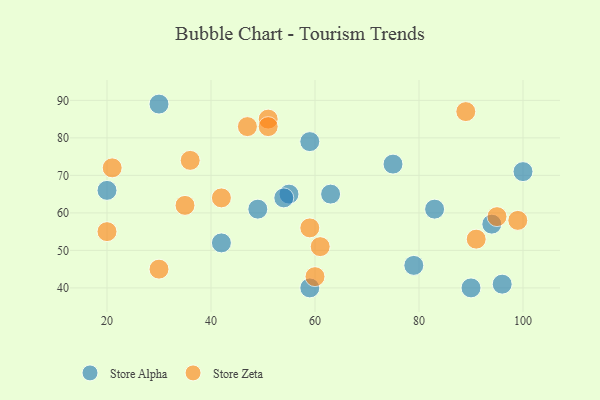
{"axis": {"x": "GDP", "y": "Life Expectancy"}, "legend": ["Store Alpha", "Store Zeta"], "data": [{"x": "94", "y": 57, "type": "Store Alpha"}, {"x": "49", "y": 61, "type": "Store Alpha"}, {"x": "90", "y": 40, "type": "Store Alpha"}, {"x": "55", "y": 65, "type": "Store Alpha"}, {"x": "42", "y": 52, "type": "Store Alpha"}, {"x": "100", "y": 71, "type": "Store Alpha"}, {"x": "63", "y": 65, "type": "Store Alpha"}, {"x": "79", "y": 46, "type": "Store Alpha"}, {"x": "75", "y": 73, "type": "Store Alpha"}, {"x": "54", "y": 64, "type": "Store Alpha"}, {"x": "59", "y": 79, "type": "Store Alpha"}, {"x": "20", "y": 66, "type": "Store Alpha"}, {"x": "59", "y": 40, "type": "Store Alpha"}, {"x": "96", "y": 41, "type": "Store Alpha"}, {"x": "30", "y": 89, "type": "Store Alpha"}, {"x": "83", "y": 61, "type": "Store Alpha"}, {"x": "61", "y": 51, "type": "Store Zeta"}, {"x": "20", "y": 55, "type": "Store Zeta"}, {"x": "36", "y": 74, "type": "Store Zeta"}, {"x": "51", "y": 85, "type": "Store Zeta"}, {"x": "89", "y": 87, "type": "Store Zeta"}, {"x": "51", "y": 83, "type": "Store Zeta"}, {"x": "35", "y": 62, "type": "Store Zeta"}, {"x": "60", "y": 43, "type": "Store Zeta"}, {"x": "99", "y": 58, "type": "Store Zeta"}, {"x": "59", "y": 56, "type": "Store Zeta"}, {"x": "42", "y": 64, "type": "Store Zeta"}, {"x": "30", "y": 45, "type": "Store Zeta"}, {"x": "21", "y": 72, "type": "Store Zeta"}, {"x": "95", "y": 59, "type": "Store Zeta"}, {"x": "47", "y": 83, "type": "Store Zeta"}, {"x": "91", "y": 53, "type": "Store Zeta"}]}